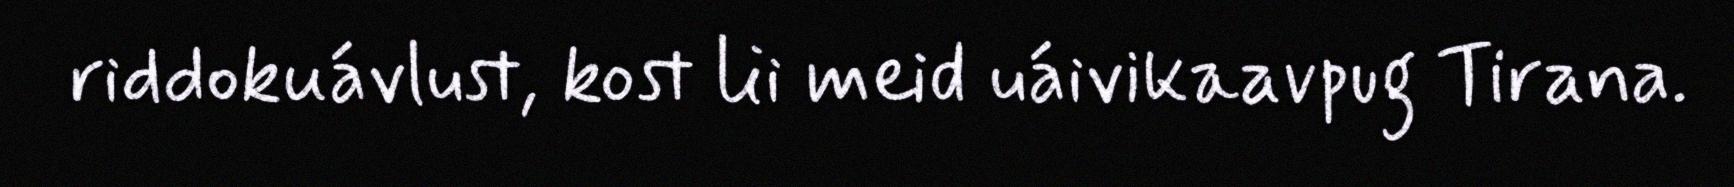
riddokuávlust, kost lii meid uáivikaavpug Tirana.